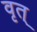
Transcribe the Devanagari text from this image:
वृत्